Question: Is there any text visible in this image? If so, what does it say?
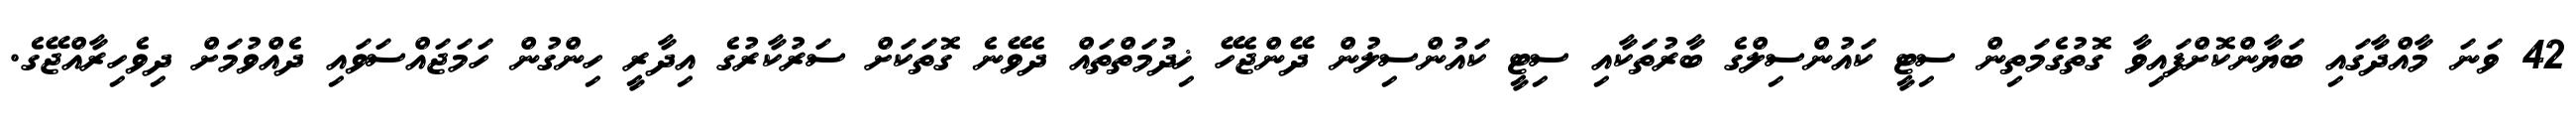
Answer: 42 ވަނަ މާއްދާގައި ބަޔާންކޮށްފައިވާ ގޮތުގެމަތިން ސިޓީ ކައުންސިލްގެ ބާރުތަކާއި ސިޓީ ކައުންސިލުން ދޭންޖެހޭ ޚިދުމަތްތައް ދެވޭނެ ގޮތަކަށް ސަރުކާރުގެ އިދާރީ ހިންގުން ހަމަޖައްސަވައި ދެއްވުމަށް ދިވެހިރާއްޖޭގެ.